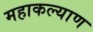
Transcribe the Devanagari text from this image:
महाकल्याण